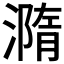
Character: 𣿂